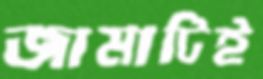
জামাটিই